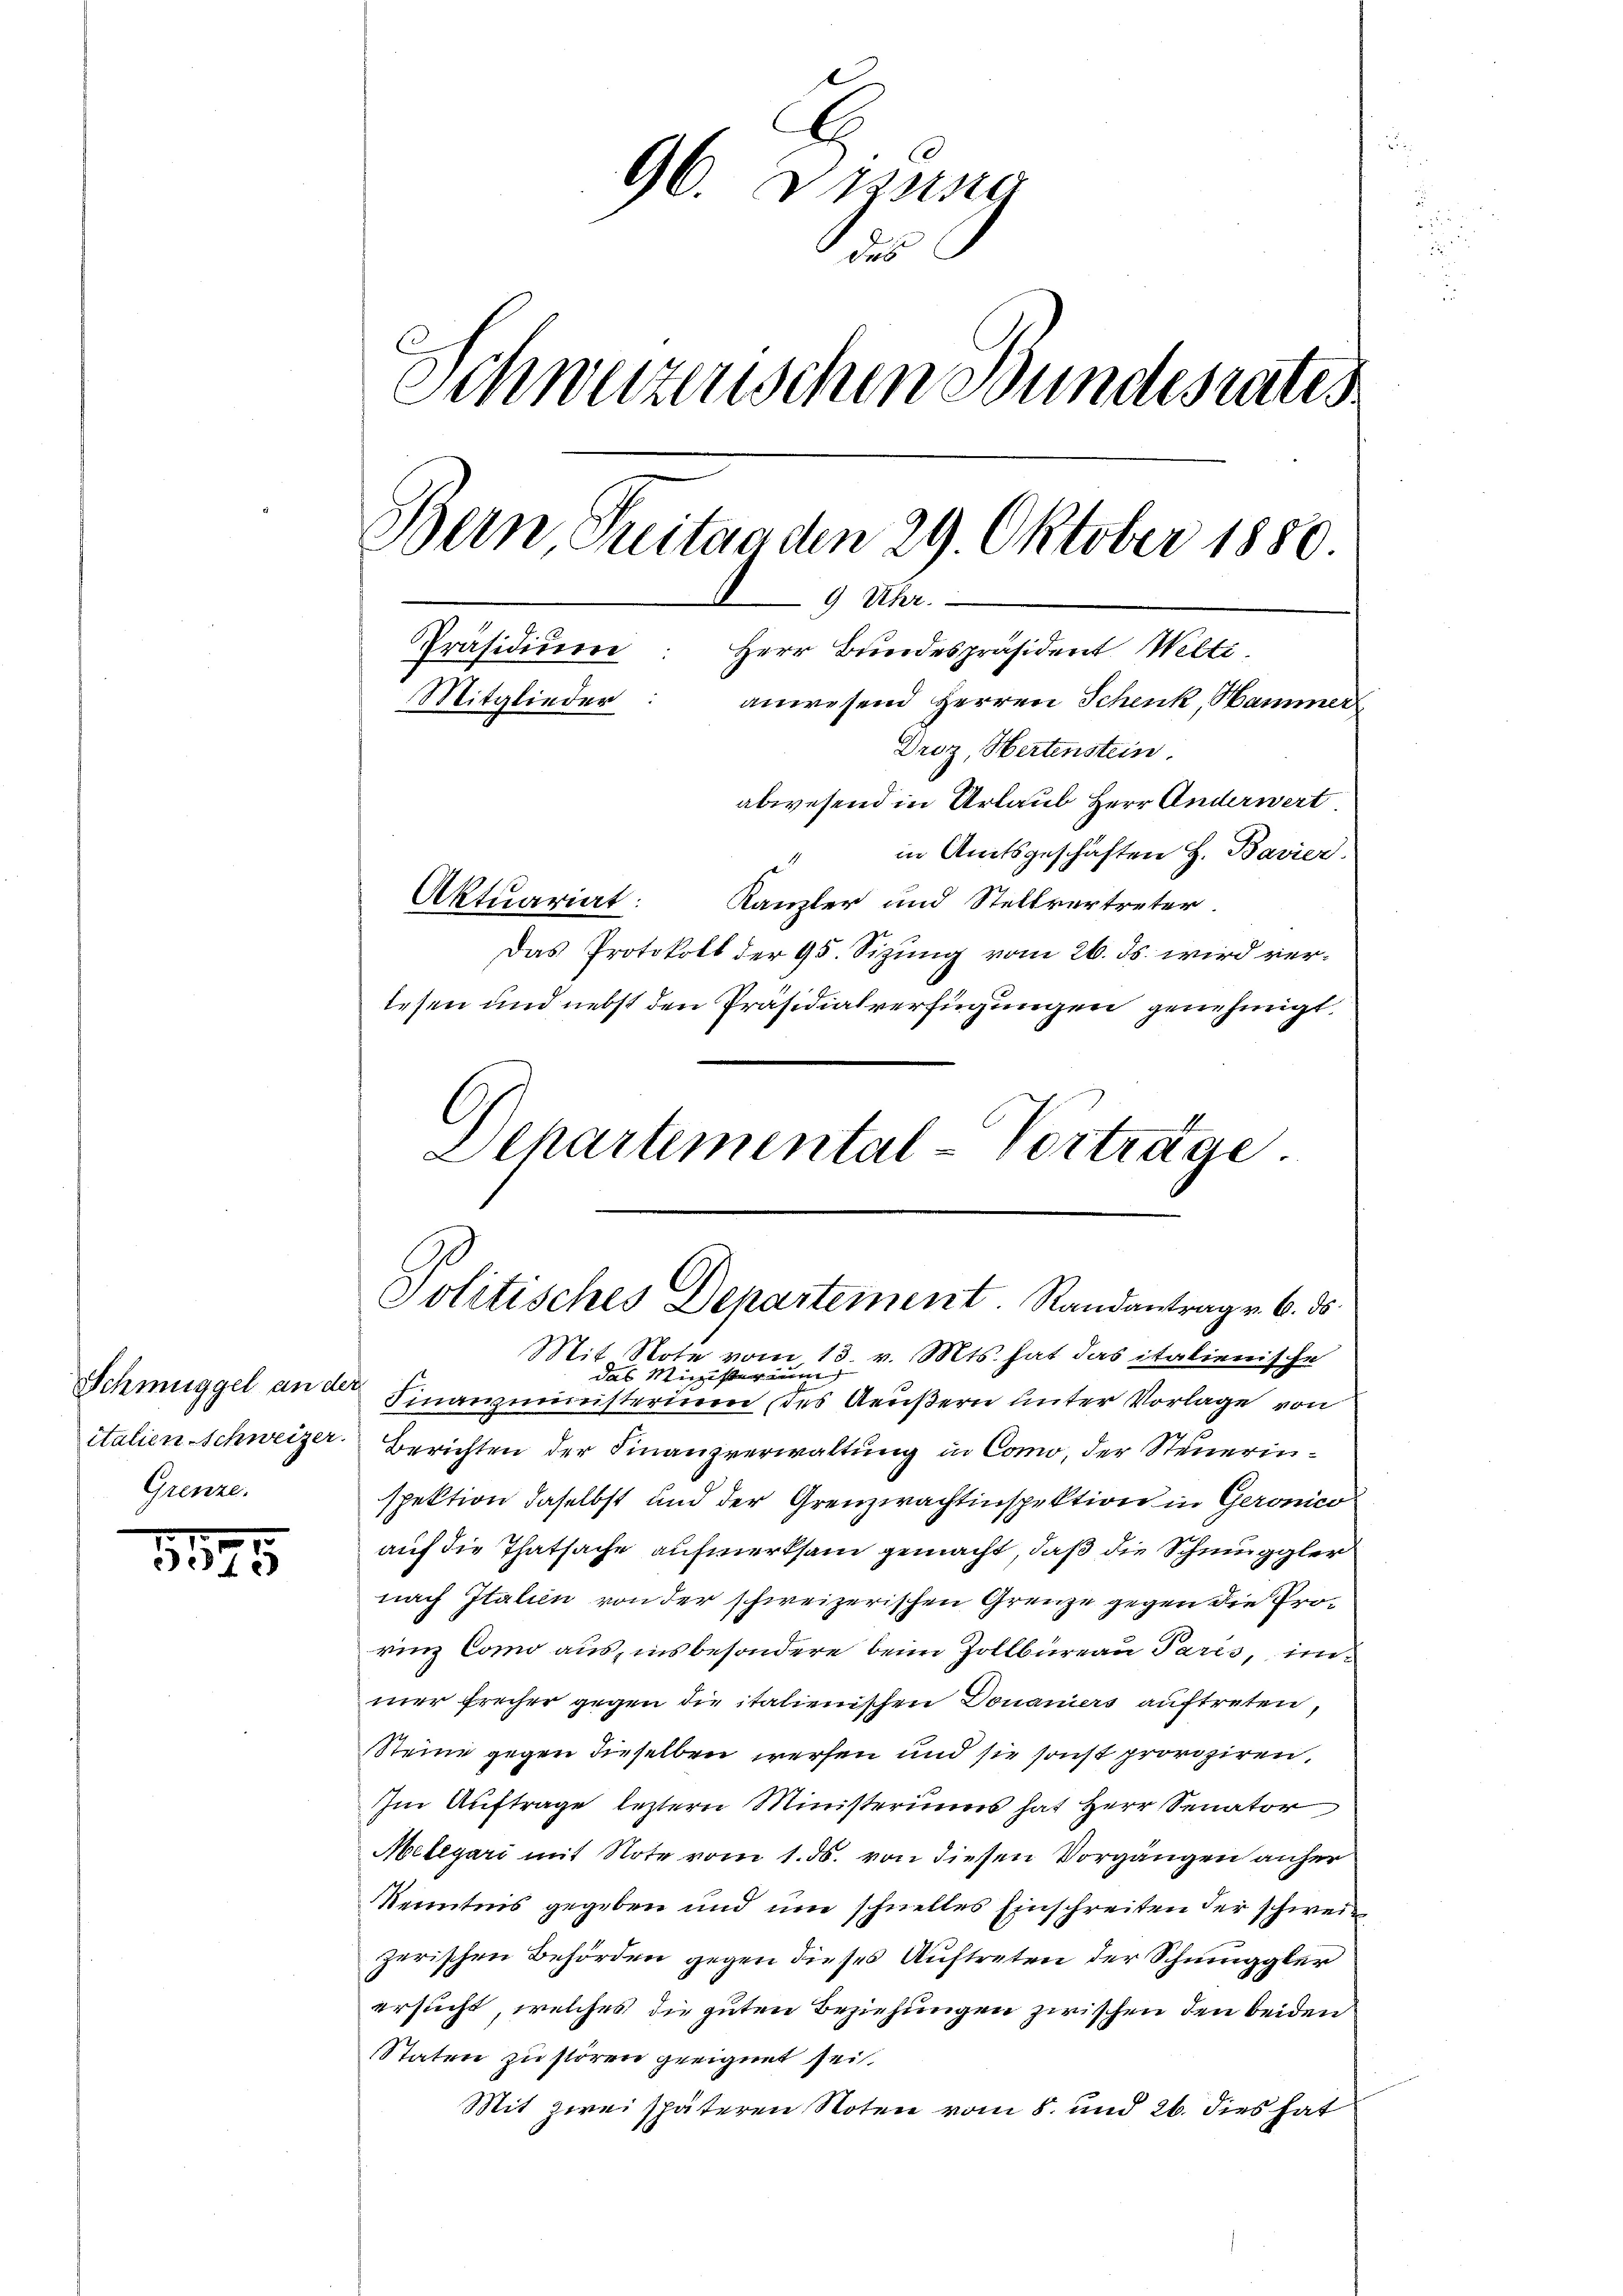
Schmuggel an der
Grenze.

1175

96. Dresna
dus
Schwurzenschen Bundesrates
Bern, Situa den 29. Oktober 1880
9 Uhr.
Präsidium
Herr Bundespräsident Welti
s
Mitglieder: anwesend Herren Schenk, Hammer
Droz, Hertenstein.
abwesend in Urlaub Herr Anderwert
in Amtsgeschäften H. Bavier.

Kanzler und Stellvertreter.
Das Protokoll der 95. Sizung vom 26. ds. wird verlesen und nebst den Präsidialverfügungen genehmigt.
Dehartemental-Vorträge

Aktuariat:

Politisches Departement. Randantrag v. 6. ds.

Mit Note vom 13. v. Mts. hat das italienische
das Minister nun
Finanzministerium (des Aeußern unter Vorlage von
italien-Schweizer. Berichten der Finanzverwaltung in Como, der Steuerinspektion daselbst und der Grenzwachtinspektion in Geronico
auf die Thatsache aufmerksam gemacht, daß die Schmuggler
nach Italien von der schweizerischen Grenze gegen die Prorinz Como aus, insbesondere beim Zollbüreau Paris, im
mer freiher gegen die italienischen Douaniers auftreten,
Steine gegen dieselben werfen und sie sonst provoziren,
Im Auftrage letztern Ministeriums hat Herr Senator
Melegari mit Note vom 1. ds. von diesen Vorgängen anher
Kenntnis gegeben und um schnelles Einschreiten der schwein
zerischen Behörden gegen dieses Auftreten der Schmuggler
ersucht, welches die guten Beziehungen zwischen den beiden
Staten zu stören geeignet sei.
Mit zwei späteren Noten vom 8. und 26. dies hat